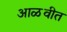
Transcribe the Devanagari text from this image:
आळवीत